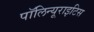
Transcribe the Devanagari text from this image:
पॉलिन्यूराइटिस